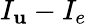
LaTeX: I_{\mathbf{u}}-I_{e}